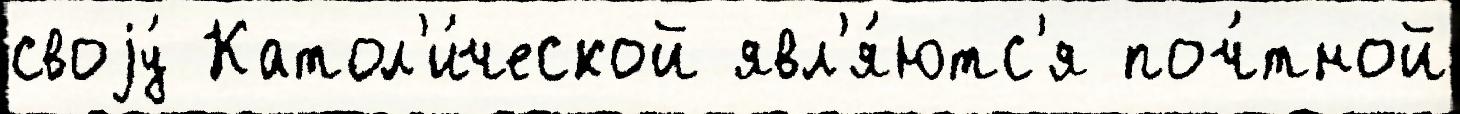
своjу́ Катол'и́ческой явл'я́ютс'я поч́тной